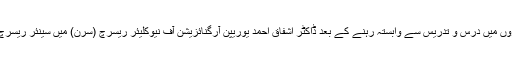
کچھ عرصے تک نیل بوہر انسٹی ٹیوٹ اور دیگر مغربی اداروں میں درس و تدریس سے وابستہ رہنے کے بعد ڈاکٹر اشفاق احمد یوریپن آرگنائزیشن آف نیوکلیئر ریسرچ (سرن) میں سینئر ریسرچ سائنٹسٹ کے طور پر بھی ذمہ داریاں سر انجام دیتے رہے۔